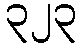
၃၂၃